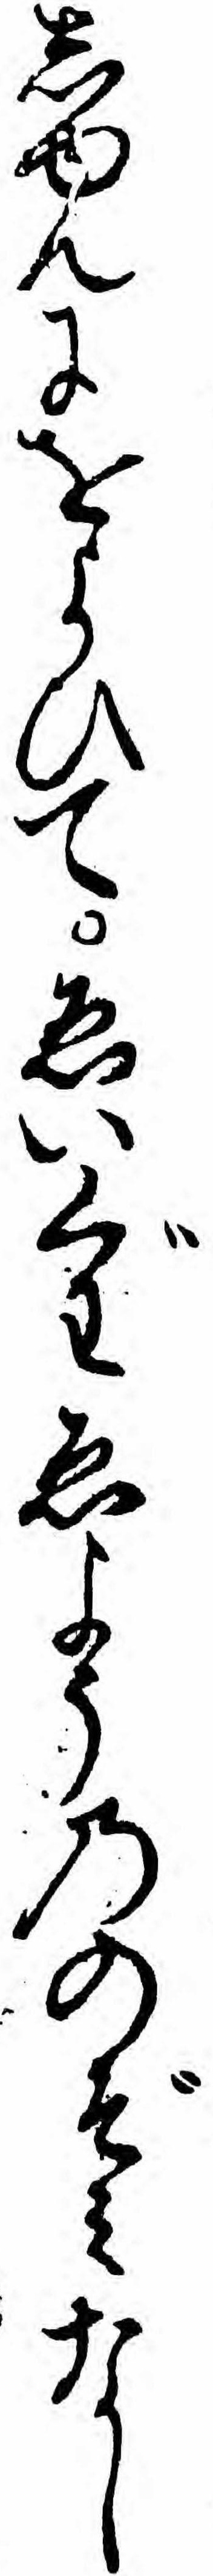
しゆんにをよひてゑいぐわゑようののぞミなし